Annual administration and progress report of the Indian Medical Department, Bombay
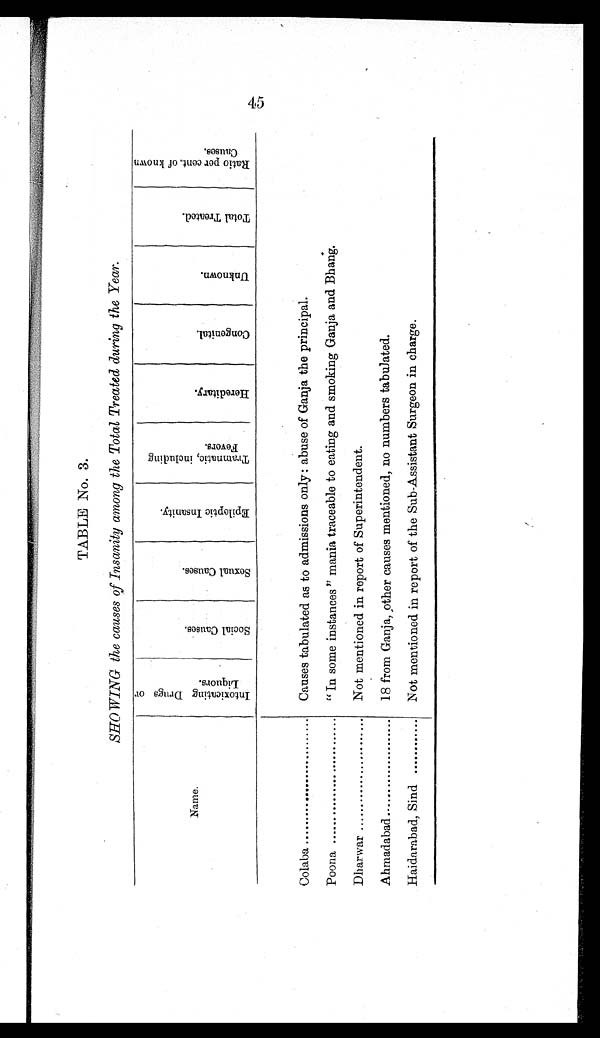
TABLE No. 3.
SHOWING the causes of Insanity among the Total Treated during the Year.
Name.
I n t o x i c a t i n g D r u g s L i q u o r s .
Social Causes.
S e x u a l C a u s e s .
E p i l o p t i c I n s a n i t y .
T r a m n a t i c , i n c l u d i n g F e v e r s .
H e r e d i t a r y . C o n g e n i t a l .
U n k n w o n .
T o t a l T r e a t e d .
R a t i o p e r c e n t . o f k n o w n C a u s e s .
Colaba ...........................
Causes tabulated as to admissions only: abuse of Ganja the principal.
45
Poona ...........................
" In some instances " mania traceable to eating and smoking Ganja and Bhang.
Dh arwar ........................
Not mentioned in report of Superintendent.
Ahmadabad .....................
18 from Ganja, other causes mentioned, no numbers tabulated.
Haidarabad, Sind ............
Not mentioned in report of the Sub-Assistant Surgeon in charge.